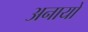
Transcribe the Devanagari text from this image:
अनायों